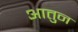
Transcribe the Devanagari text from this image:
आतुन